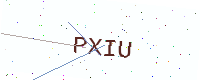
Text: PXIU